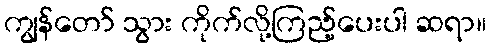
ကျွန်တော် သွား ကိုက်လို့ကြည့်ပေးပါ ဆရာ။